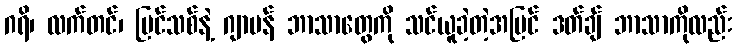
ဂရိ၊ လက်တင်၊ ပြင်သစ်နဲ့ ဂျာမန် ဘာသာတွေကို သင်ယူခဲ့တဲ့အပြင် ဒတ်ချ် ဘာသာကိုလည်း